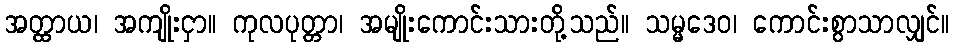
အတ္ထာယ၊ အကျိုးငှာ။ ကုလပုတ္တာ၊ အမျိုးကောင်းသားတို့သည်။ သမ္မဒေဝ၊ ကောင်းစွာသာလျှင်။